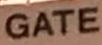
GATE